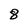
Character: 8